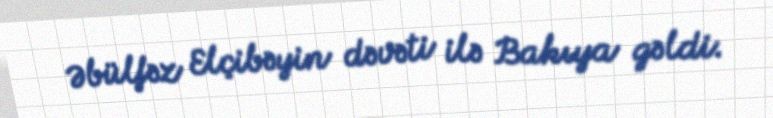
Əbülfəz Elçibəyin dəvəti ilə Bakıya gəldi.